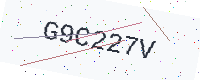
Text: G9C227V